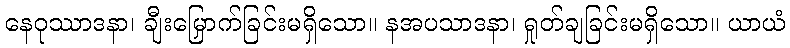
နေဝုဿာဒနာ၊ ချီးမြှောက်ခြင်းမရှိသော။ နအပသာဒနာ၊ ရှုတ်ချခြင်းမရှိသော။ ယာယံ